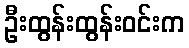
ဦးထွန်းထွန်းဝင်းက